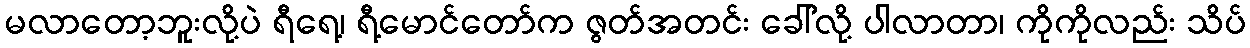
မလာတော့ဘူးလို့ပဲ ရီရေ့၊ ရီ့မောင်တော်က ဇွတ်အတင်း ခေါ်လို့ ပါလာတာ၊ ကိုကိုလည်း သိပ်